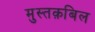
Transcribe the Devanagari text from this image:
मुस्तक़बिल